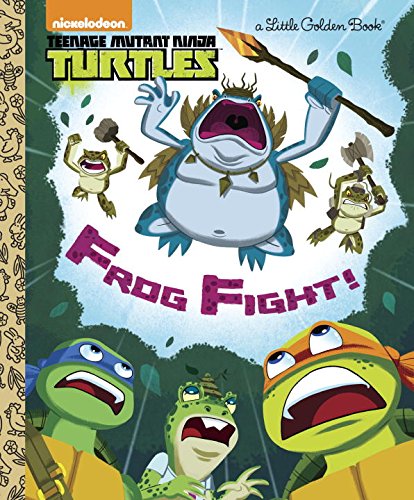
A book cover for Frog Fight! (Teenage Mutant Ninja Turtles) (Little Golden Book); Golden Books; Children's Books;